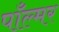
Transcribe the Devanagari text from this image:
पाँल्मर